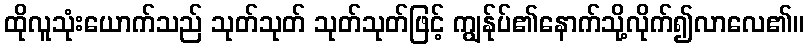
ထိုလူသုံးယောက်သည် သုတ်သုတ် သုတ်သုတ်ဖြင့် ကျွန်ုပ်၏နောက်သို့လိုက်၍လာလေ၏။